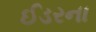
ઈડરના